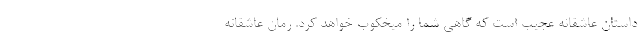
داستان عاشقانه عجیب است که گاهی شما را میخکوب خواهد کرد. رمان عاشقانه